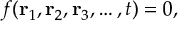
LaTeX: f ( \mathbf { r } _ { 1 } , \mathbf { r } _ { 2 } , \mathbf { r } _ { 3 } , \ldots , t ) = 0 ,